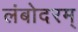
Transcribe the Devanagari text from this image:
लंबोदरम्